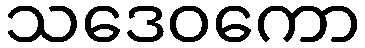
သဒေဝကော